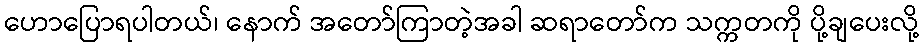
ဟောပြောရပါတယ်၊ နောက် အတော်ကြာတဲ့အခါ ဆရာတော်က သက္ကတကို ပို့ချပေးလို့